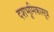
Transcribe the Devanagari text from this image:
दशभूमिकासूत्र